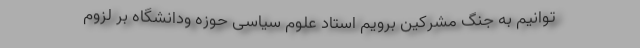
توانیم به جنگ مشرکین برویم استاد علوم سیاسی حوزه ودانشگاه بر لزوم